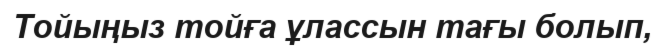
Тойыңыз тойға ұлассын тағы болып,